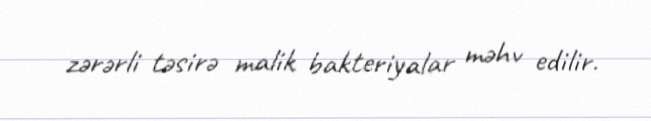
zərərli təsirə malik bakteriyalar məhv edilir.